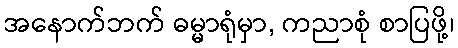
အနောက်ဘက် ဓမ္မာရုံမှာ, ကညာစုံ စာပြဖို့၊